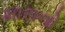
મારાનો